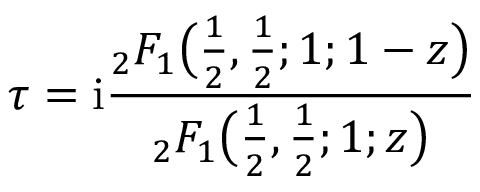
\tau = \mathrm { { i } } { \frac { { } _ { 2 } F _ { 1 } { \bigl ( } { \frac { 1 } { 2 } } , { \frac { 1 } { 2 } } ; 1 ; 1 - z { \bigr ) } } { { } _ { 2 } F _ { 1 } { \bigl ( } { \frac { 1 } { 2 } } , { \frac { 1 } { 2 } } ; 1 ; z { \bigr ) } } }